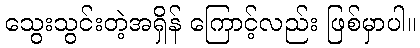
သွေးသွင်းတဲ့အရှိန် ကြောင့်လည်း ဖြစ်မှာပါ။